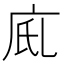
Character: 𢇼